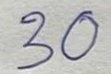
30